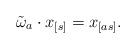
LaTeX: \begin{align*}\tilde{\omega}_{a}\cdot x_{[s]}=x_{[as]}.\end{align*}